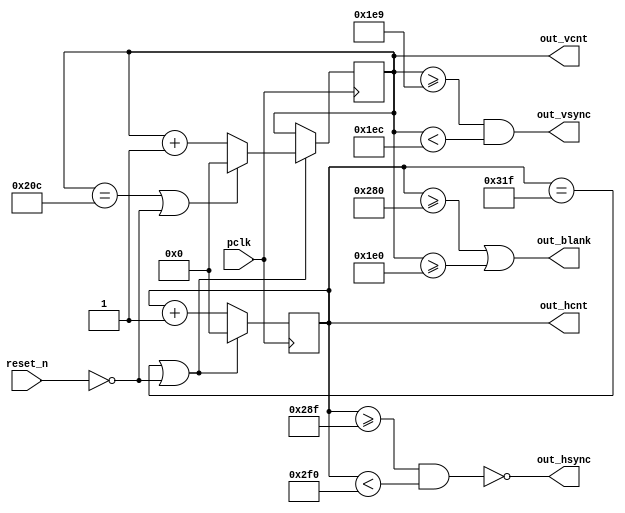
/*
my_hdmi_device 

Copyright (C) 2021  Hirosh Dabui <hirosh@dabui.de>

Permission to use, copy, modify, and/or distribute this software for any
purpose with or without fee is hereby granted, provided that the above
copyright notice and this permission notice appear in all copies.

THE SOFTWARE IS PROVIDED "AS IS" AND THE AUTHOR DISCLAIMS ALL WARRANTIES
WITH REGARD TO THIS SOFTWARE INCLUDING ALL IMPLIED WARRANTIES OF
MERCHANTABILITY AND FITNESS. IN NO EVENT SHALL THE AUTHOR BE LIABLE FOR
ANY SPECIAL, DIRECT, INDIRECT, OR CONSEQUENTIAL DAMAGES OR ANY DAMAGES
WHATSOEVER RESULTING FROM LOSS OF USE, DATA OR PROFITS, WHETHER IN AN
ACTION OF CONTRACT, NEGLIGENCE OR OTHER TORTIOUS ACTION, ARISING OUT OF
OR IN CONNECTION WITH THE USE OR PERFORMANCE OF THIS SOFTWARE.
*/
`timescale 1ns / 1ps

module my_vga_clk_generator (
           input pclk, 
           output out_hsync, 
           output out_vsync,
           output out_blank,
           output reg [10:0] out_hcnt, /* 0..2043 */
           output reg [10:0] out_vcnt, /* 0..2043 */
           input reset_n
       );
//////////////CONFIGURE///////////////
localparam
	/* VGA_1280x720@60Hz */          
		 VPOL            = 1,	      
		 HPOL            = 0,	      
		 FRAME_RATE      = 30,	    
	/* vertical timing frame */     
		 VBP             = 33,      
		 VFP             = 10,      
		 VSLEN           = 2,	      
		 VACTIVE         = 480,	    
	/* horizontal timing frame */   
		 HBP             = 48,	    
		 HFP             = 16,	    
		 HSLEN           = 96,	    
		 HACTIVE         = 640;
//////////////////////////////////////

localparam VTOTAL            = VACTIVE + VFP + VSLEN + VBP;	
localparam HTOTAL            = HACTIVE + HFP + HSLEN + HBP;	
localparam PIXEL_CLK         = (VTOTAL * HTOTAL) * FRAME_RATE;

	//Display Final Values 
	initial begin 
	  $display("VACTIVE:%d", VACTIVE); 
	  $display("HACTIVE:%d", HACTIVE); 
	  $display("VBP:%d", VBP);
	  $display("VFP:%d", VFP); 
	  $display("HBP:%d", HBP); 
	  $display("HFP:%d", HFP); 
	  $display("VSLEN:%d", VSLEN); 
	  $display("HSLEN:%d", HSLEN); 
	  $display("VTOTAL:%d", VTOTAL); 
	  $display("HTOTAL:%d", HTOTAL); 
	  $display("Framerate:%d", FRAME_RATE); 
	  $display("PIXEL Frequency:%d", PIXEL_CLK); 
	end 
	
    /*
     *
     *         +
     *         |
     *         | VACTIVE
     *         |
     *         |       HACTIVE            HFP    HSLEN    HBP
     *         ------------------------++-----++-------+------+
     *         |
     *         |
     *         |
     *         |
     *         |
     *         +
     *         | VFP
     *         +
     *         +
     *         |
     *         | VSLEN
     *         |
     *         +
     *         +
     *         |
     *         | HBP
     *         |
     *         +
     *
     */



assign out_vsync = ((out_vcnt >= (VACTIVE + VFP -1)) && (out_vcnt < (VACTIVE + VFP + VSLEN))) ^ ~VPOL;
assign out_hsync = ((out_hcnt >= (HACTIVE + HFP -1)) && (out_hcnt < (HACTIVE + HFP + HSLEN))) ^ ~HPOL;
assign out_blank = (out_hcnt >= HACTIVE) || (out_vcnt >= VACTIVE);

wire hcycle = out_hcnt == (HTOTAL -1) || ~reset_n;
wire vcycle = out_vcnt == (VTOTAL -1) || ~reset_n;

always @(posedge pclk) out_hcnt <= hcycle ? 0 : out_hcnt + 1;

always @(posedge pclk) begin
    if (hcycle) out_vcnt <= vcycle ? 0 : out_vcnt + 1;
end

endmodule